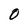
Character: 0